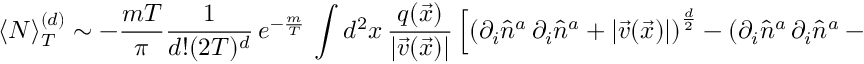
\langle N \rangle _ { T } ^ { ( d ) } \sim - \frac { m T } { \pi } \frac { 1 } { d ! ( 2 T ) ^ { d } } \, e ^ { - \frac { m } { T } } \, \int d ^ { 2 } x \, \frac { q ( \vec { x } ) } { | \vec { v } ( \vec { x } ) | } \left[ \left( \partial _ { i } \hat { n } ^ { a } \, \partial _ { i } \hat { n } ^ { a } + | \vec { v } ( \vec { x } ) | \right) ^ { \frac { d } { 2 } } - \left( \partial _ { i } \hat { n } ^ { a } \, \partial _ { i } \hat { n } ^ { a } - | \vec { v } ( \vec { x } ) | \right) ^ { \frac { d } { 2 } } \right]